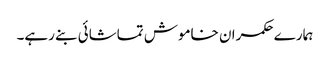
ہمارے حکمران خاموش تماشائی بنے رہے۔